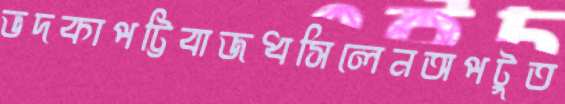
ভদকাপট্টিবাজধসিলেনঅপটুত